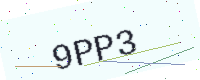
Text: 9PP3